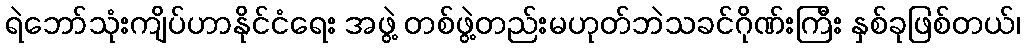
ရဲဘော်သုံးကျိပ်ဟာနိုင်ငံရေး အဖွဲ့ တစ်ဖွဲ့တည်းမဟုတ်ဘဲသခင်ဂိုဏ်းကြီး နှစ်ခုဖြစ်တယ်၊